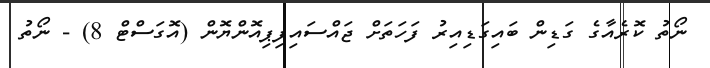
ނޯތު ކޮރެއާގެ ގަޑިން ބައިގަޑިއިރު ފަހަތަށް ޖައްސައިފިޕިއޮންޔޮން (އޮގަސްޓް 8) - ނޯތު